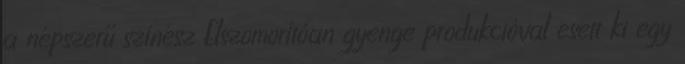
a népszerű színész Elszomorítóan gyenge produkcióval esett ki egy